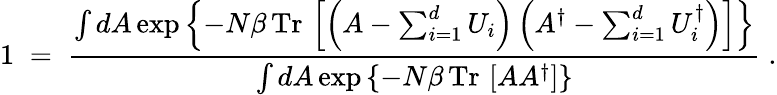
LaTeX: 1\; =\; {\frac{\int dA\exp\left\{ -N\beta\, \mathrm{Tr}\, \left[\left(A-\sum_{i=1}^{d}U_{i}\right)\left(A^{\dagger}-\sum_{i=1}^{d}U_{i}^{\dagger}\right)\right]\right\} }{\int dA\exp\left\{ -N\beta\, \mathrm{Tr}\, \left[AA^{\dagger}\right]\right\} }}\; .